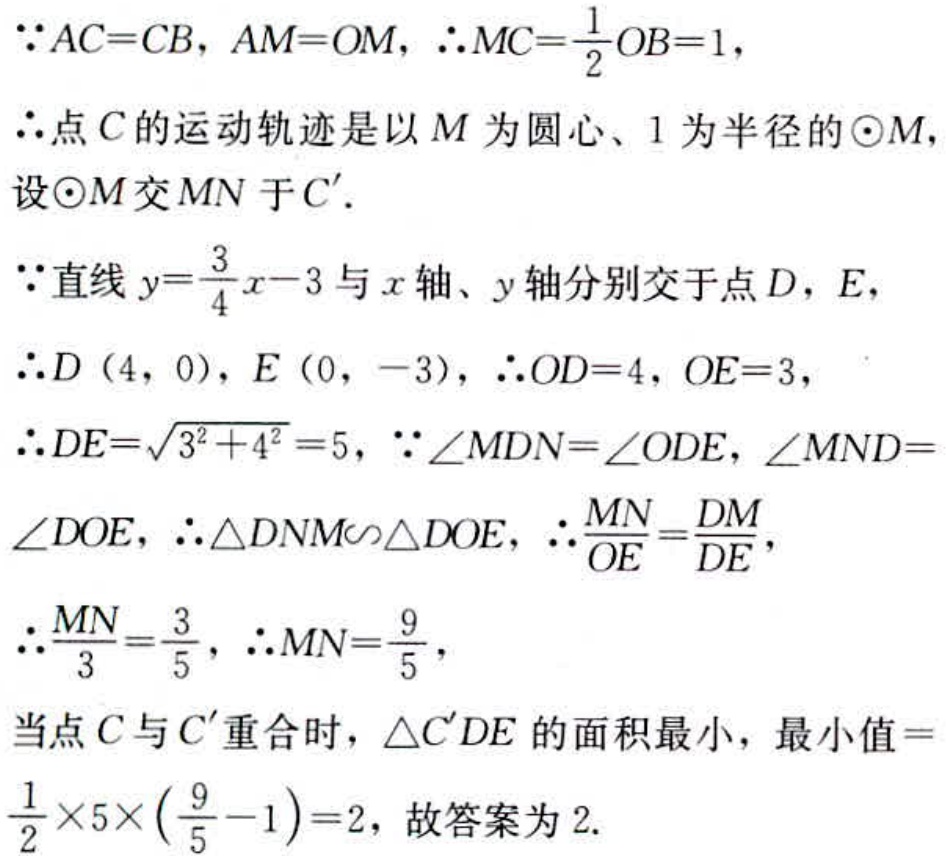
\(
\begin{align*}
&\because AC = CB, AM = OM, \therefore MC=\frac{1}{2}OB = 1,\\
&\therefore 点C的运动轨迹是以M为圆心、1为半径的\odot M,\\
&设\odot M交MN于C'.\\
&\because 直线y = \frac{3}{4}x - 3与x轴、y轴分别交于点D，E,\\
&\therefore D(4,0), E(0,-3), \therefore OD = 4, OE = 3,\\
&\therefore DE=\sqrt{3^{2}+4^{2}} = 5, \because\angle MDN=\angle ODE,\angle MND=\angle DOE, \therefore\triangle DNM\sim\triangle DOE, \therefore\frac{MN}{OE}=\frac{DM}{DE},\\
&\therefore\frac{MN}{3}=\frac{3}{5}, \therefore MN=\frac{9}{5},\\
&当点C与C'重合时，\triangle C'DE的面积最小，最小值 = \frac{1}{2}\times5\times(\frac{9}{5}-1)=2，故答案为2.
\end{align*}
\)